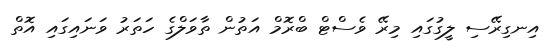
އިނގިރޭސި ލީގުގައި މިރޭ ވެސްޓް ބްރޮމް އަތުން ތާވަލްގެ ހަތަރު ވަނައިގައި އޮތް